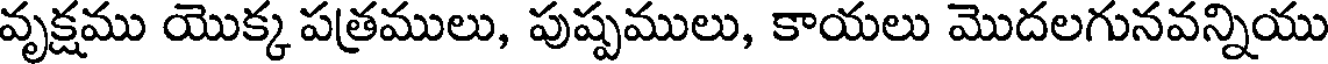
వృక్షము యొక్క పత్రములు, పుష్పములు, కాయలు మొదలగునవన్నియు